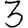
Digit: 3